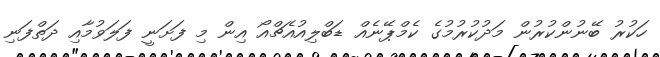
ހަކުރު ބޭނުންކުރުން މަދުކުރުމުގެ ކެމްޕޭނެއް ޑަބްލިއުއެޗްއޯ އިން މި ފަށަނީ ފަލަވުމާއި ދަތްފަނި